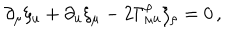
LaTeX: \partial _ { \mu } \xi _ { u } + \partial _ { u } \xi _ { \mu } - 2 \Gamma _ { \mu u } ^ { \rho } \xi _ { \rho } = 0 \, ,